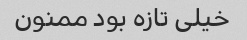
خیلی تازه بود ممنون